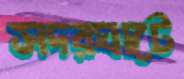
সদরঘাটে